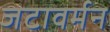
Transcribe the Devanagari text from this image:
जटावर्मन